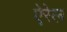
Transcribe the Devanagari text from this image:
ऐरेल